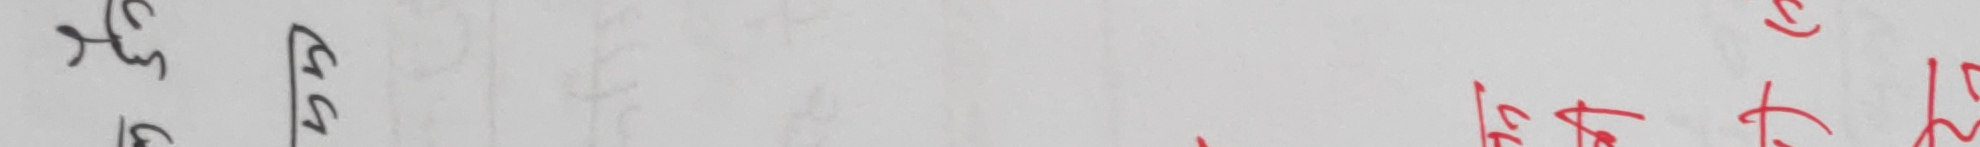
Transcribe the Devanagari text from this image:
उल्लेख गर